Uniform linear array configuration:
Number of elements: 48
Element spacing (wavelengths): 1
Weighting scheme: exponential
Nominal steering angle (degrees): -45
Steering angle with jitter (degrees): -44.629
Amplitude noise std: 0.05
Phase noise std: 0.05

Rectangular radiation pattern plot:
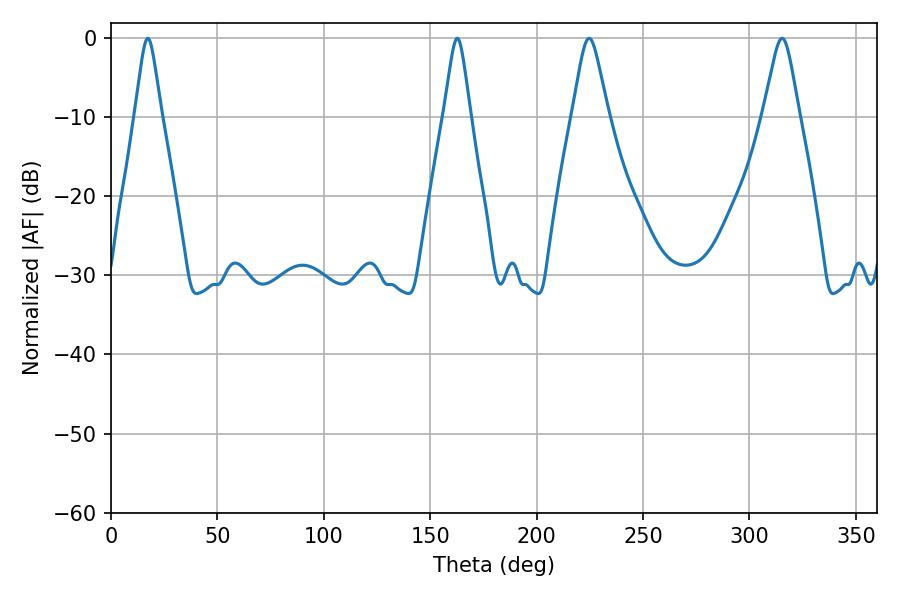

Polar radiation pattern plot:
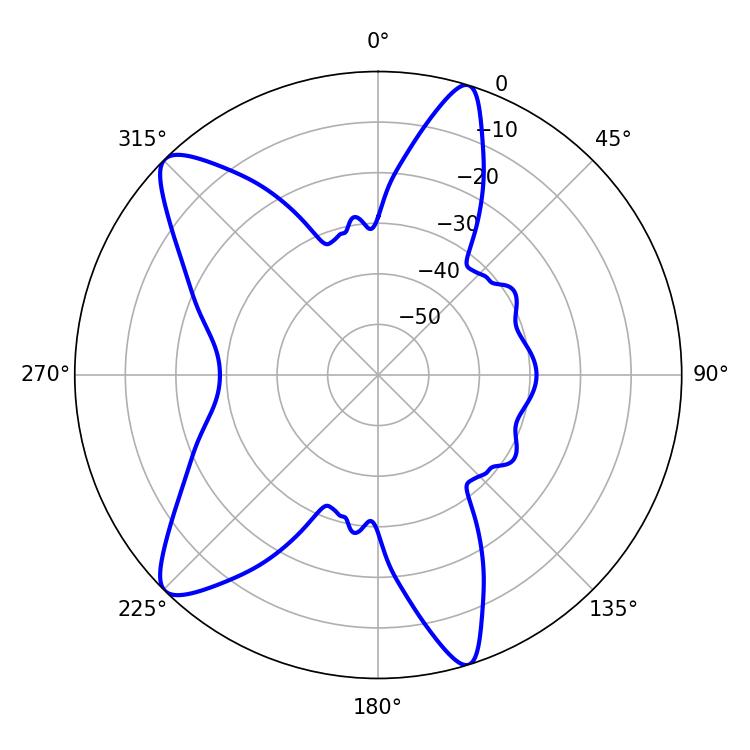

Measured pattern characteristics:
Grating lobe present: TRUE
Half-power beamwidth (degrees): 5.94
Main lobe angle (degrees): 17.28